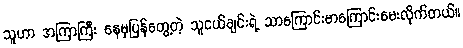
သူဟာ အကြာကြီး နေမှပြန်တွေ့တဲ့ သူငယ်ချင်းရဲ့ သာကြောင်းမာကြောင်းမေးလိုက်တယ်။